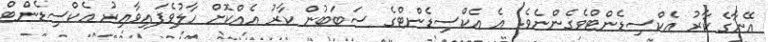
އޭނާގެ ކާރު އެކްސިޑެންޓްވެގެންނެވެ. އެ އެކްސިޑެންޓްގެ ސަބަބުން ކާރު އެއްކޮށް ހާލުވެފައިވާއިރު އެކްސިޑެންޓް